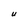
Character: U